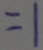
= 1